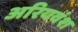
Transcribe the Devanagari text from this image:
अरियवंश